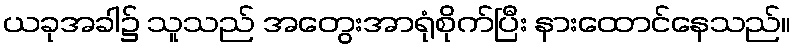
ယခုအခါ၌ သူသည် အတွေးအာရုံစိုက်ပြီး နားထောင်နေသည်။